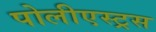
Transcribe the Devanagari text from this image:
पोलीएस्ट्रस